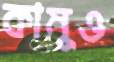
কামুও